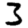
Digit: 3